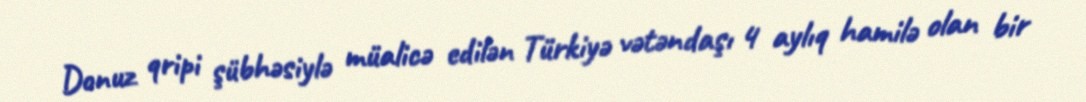
Donuz qripi şübhəsiylə müalicə edilən Türkiyə vətəndaşı 4 aylıq hamilə olan bir